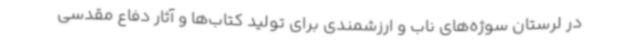
در لرستان سوژه‌های ناب و ارزشمندی برای تولید کتاب‌ها و آثار دفاع مقدسی